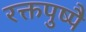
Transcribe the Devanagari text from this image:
रक्तपुष्पै